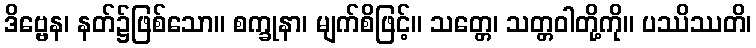
ဒိဗ္ဗေန၊ နတ်၌ဖြစ်သော။ စက္ခုနာ၊ မျက်စိဖြင့်။ သတ္တေ၊ သတ္တဝါတို့ကို။ ပဿိဿတိ၊